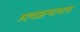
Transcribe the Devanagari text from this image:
प्रवाहमानला